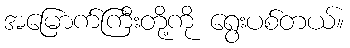
အမြောက်ကြီးတို့ကို ရွေးပစ်တယ်။